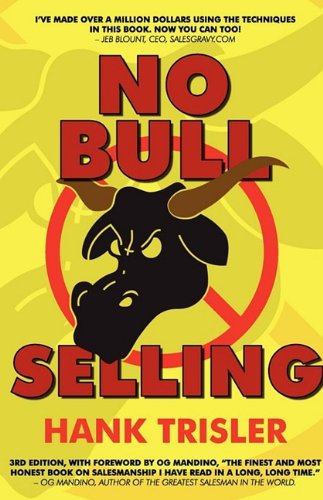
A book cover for No Bull Selling: 3rd Edition; Hank Trisler; Business & Money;